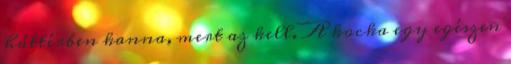
háttérben kanna, mert az kell. A kocka egy egészen